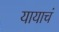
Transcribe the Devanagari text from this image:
यायाचं